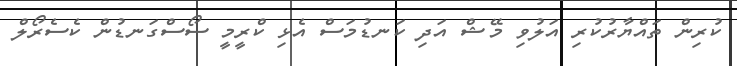
ކުރިން ތައްޔާރުކުރި އަލުވި މޭޝް އަދި ކަނޑުމަސް އެޅި ކްރީމީ ސޯސްގަނޑުން ކެސެރޯލް